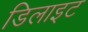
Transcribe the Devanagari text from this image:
डिलाइट